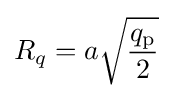
R_{q}=a{\sqrt {\frac {q_{\mathrm {p} }}{2}}}